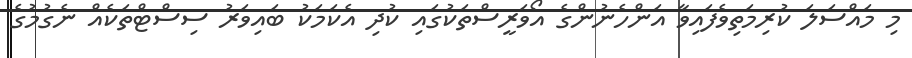
މި މައްސަލަ ކުރިމަތިވެފައިވާ އަންހެނުންގެ އޯވަރީސްތަކުގައި ކުދި އެކަމަކު ބައިވަރު ސިސްޓްތަކެއް ނެގުމުގެ